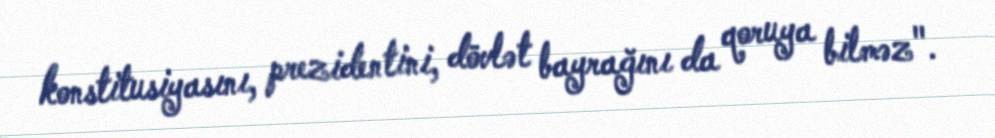
konstitusiyasını, prezidentini, dövlət bayrağını da qoruya bilməz".